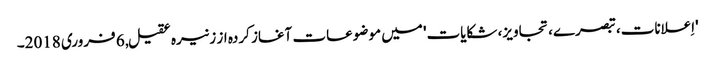
'اِعلانات، تبصرے، تجاویز، شکایات' میں موضوعات آغاز کردہ از زنیرہ عقیل, ‏6 فروری 2018۔